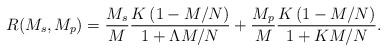
\begin{align*} R(M_s,M_p) = \frac{M_s}{M}\frac{K\left(1-{M}/{N} \right)}{1+ \Lambda M/N } + \frac{M_p}{M}\frac{K \left( 1-{M}/{N}\right)}{1+KM/N}.\end{align*}